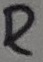
Text: R